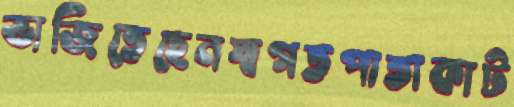
ভাজিতেছেনস্বগতপাতাকাট